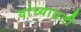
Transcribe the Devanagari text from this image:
यांच्याप्रती